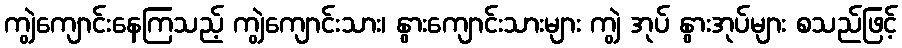
ကျွဲကျောင်းနေကြသည့် ကျွဲကျောင်းသား၊ နွားကျောင်းသားများ ကျွဲ အုပ် နွားအုပ်များ စသည်ဖြင့်